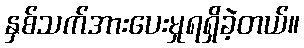
နှစ်သက်အားပေးမှုရရှိခဲ့တယ်။